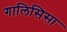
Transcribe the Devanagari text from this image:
गालिसिसा